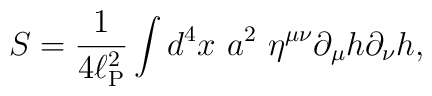
S = \frac{1}{ 4 \ell_{\rm P}^2}\int d^4 x ~a^2~ \eta^{\mu\nu} \partial_{\mu} h\partial_{\nu} h ,